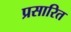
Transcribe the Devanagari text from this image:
प्रसारित